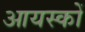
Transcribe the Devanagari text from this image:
आयस्कों